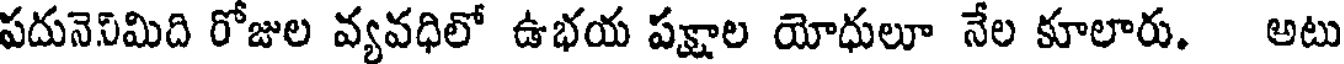
పదునెనిమిది రోజుల వ్యవధిలో ఉభయ పక్షాల యోధులూ నేల కూలారు. అటు